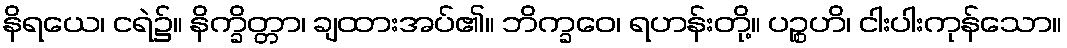
နိရယေ၊ ငရဲ၌။ နိက္ခိတ္တာ၊ ချထားအပ်၏။ ဘိက္ခဝေ၊ ရဟန်းတို့။ ပဉ္စဟိ၊ ငါးပါးကုန်သော။